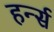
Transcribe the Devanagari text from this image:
हर्न्स